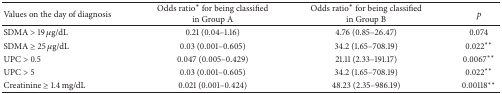
| Values on the day of diagnosis | Odds ratio∗ for being classified in Group A | Odds ratio∗ for being classified in Group B | p |
 | --- | --- | --- | --- |
 | SDMA > 19 μg/dL | 0.21 (0.04–1.16) | 4.76 (0.85–26.47) | 0.074 |
 | SDMA ≥ 25 μg/dL | 0.03 (0.001–0.605) | 34.2 (1.65–708.19) | 0.022∗∗ |
 | UPC > 0.5 | 0.047 (0.005–0.429) | 21.11 (2.33–191.17) | 0.0067∗∗ |
 | UPC > 5 | 0.03 (0.001–0.605) | 34.2 (1.65–708.19) | 0.022∗∗ |
 | Creatinine ≥ 1.4 mg/dL | 0.021 (0.001–0.424) | 48.23 (2.35–986.19) | 0.00118∗∗ |